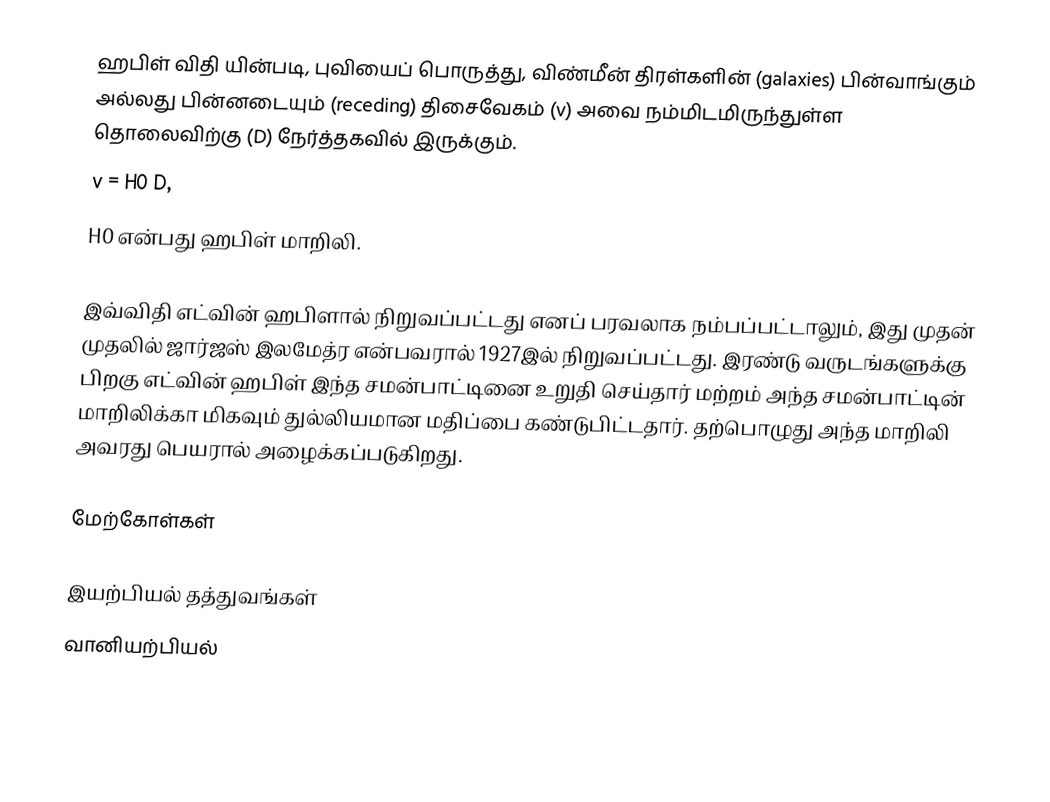
ஹபிள் விதி யின்படி, புவியைப் பொருத்து, விண்மீன் திரள்களின் (galaxies) பின்வாங்கும் அல்லது பின்னடையும் (receding) திசைவேகம் (v) அவை நம்மிடமிருந்துள்ள தொலைவிற்கு (D) நேர்த்தகவில் இருக்கும்.
 v = H0 D,
 H0 என்பது ஹபிள் மாறிலி.

இவ்விதி எட்வின் ஹபிளால் நிறுவப்பட்டது எனப் பரவலாக நம்பப்பட்டாலும், இது முதன் முதலில் ஜார்ஜஸ் இலமேத்ர என்பவரால் 1927இல் நிறுவப்பட்டது.  இரண்டு வருடங்களுக்கு பிறகு எட்வின் ஹபிள் இந்த சமன்பாட்டினை உறுதி செய்தார் மற்றம் அந்த சமன்பாட்டின் மாறிலிக்கா மிகவும் துல்லியமான மதிப்பை கண்டுபிட்டதார். தற்பொழுது அந்த மாறிலி அவரது பெயரால் அழைக்கப்படுகிறது.

மேற்கோள்கள்

இயற்பியல் தத்துவங்கள்
வானியற்பியல்